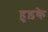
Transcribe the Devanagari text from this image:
हुड़के